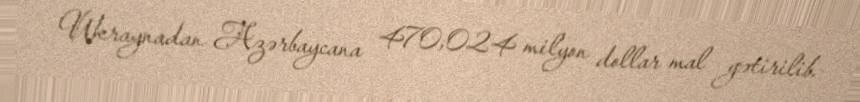
Ukraynadan Azərbaycana 470,024 milyon dollar mal gətirilib.